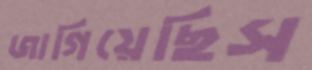
জাগিয়েছিস